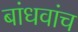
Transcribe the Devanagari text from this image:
बांधवांच